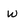
Character: w